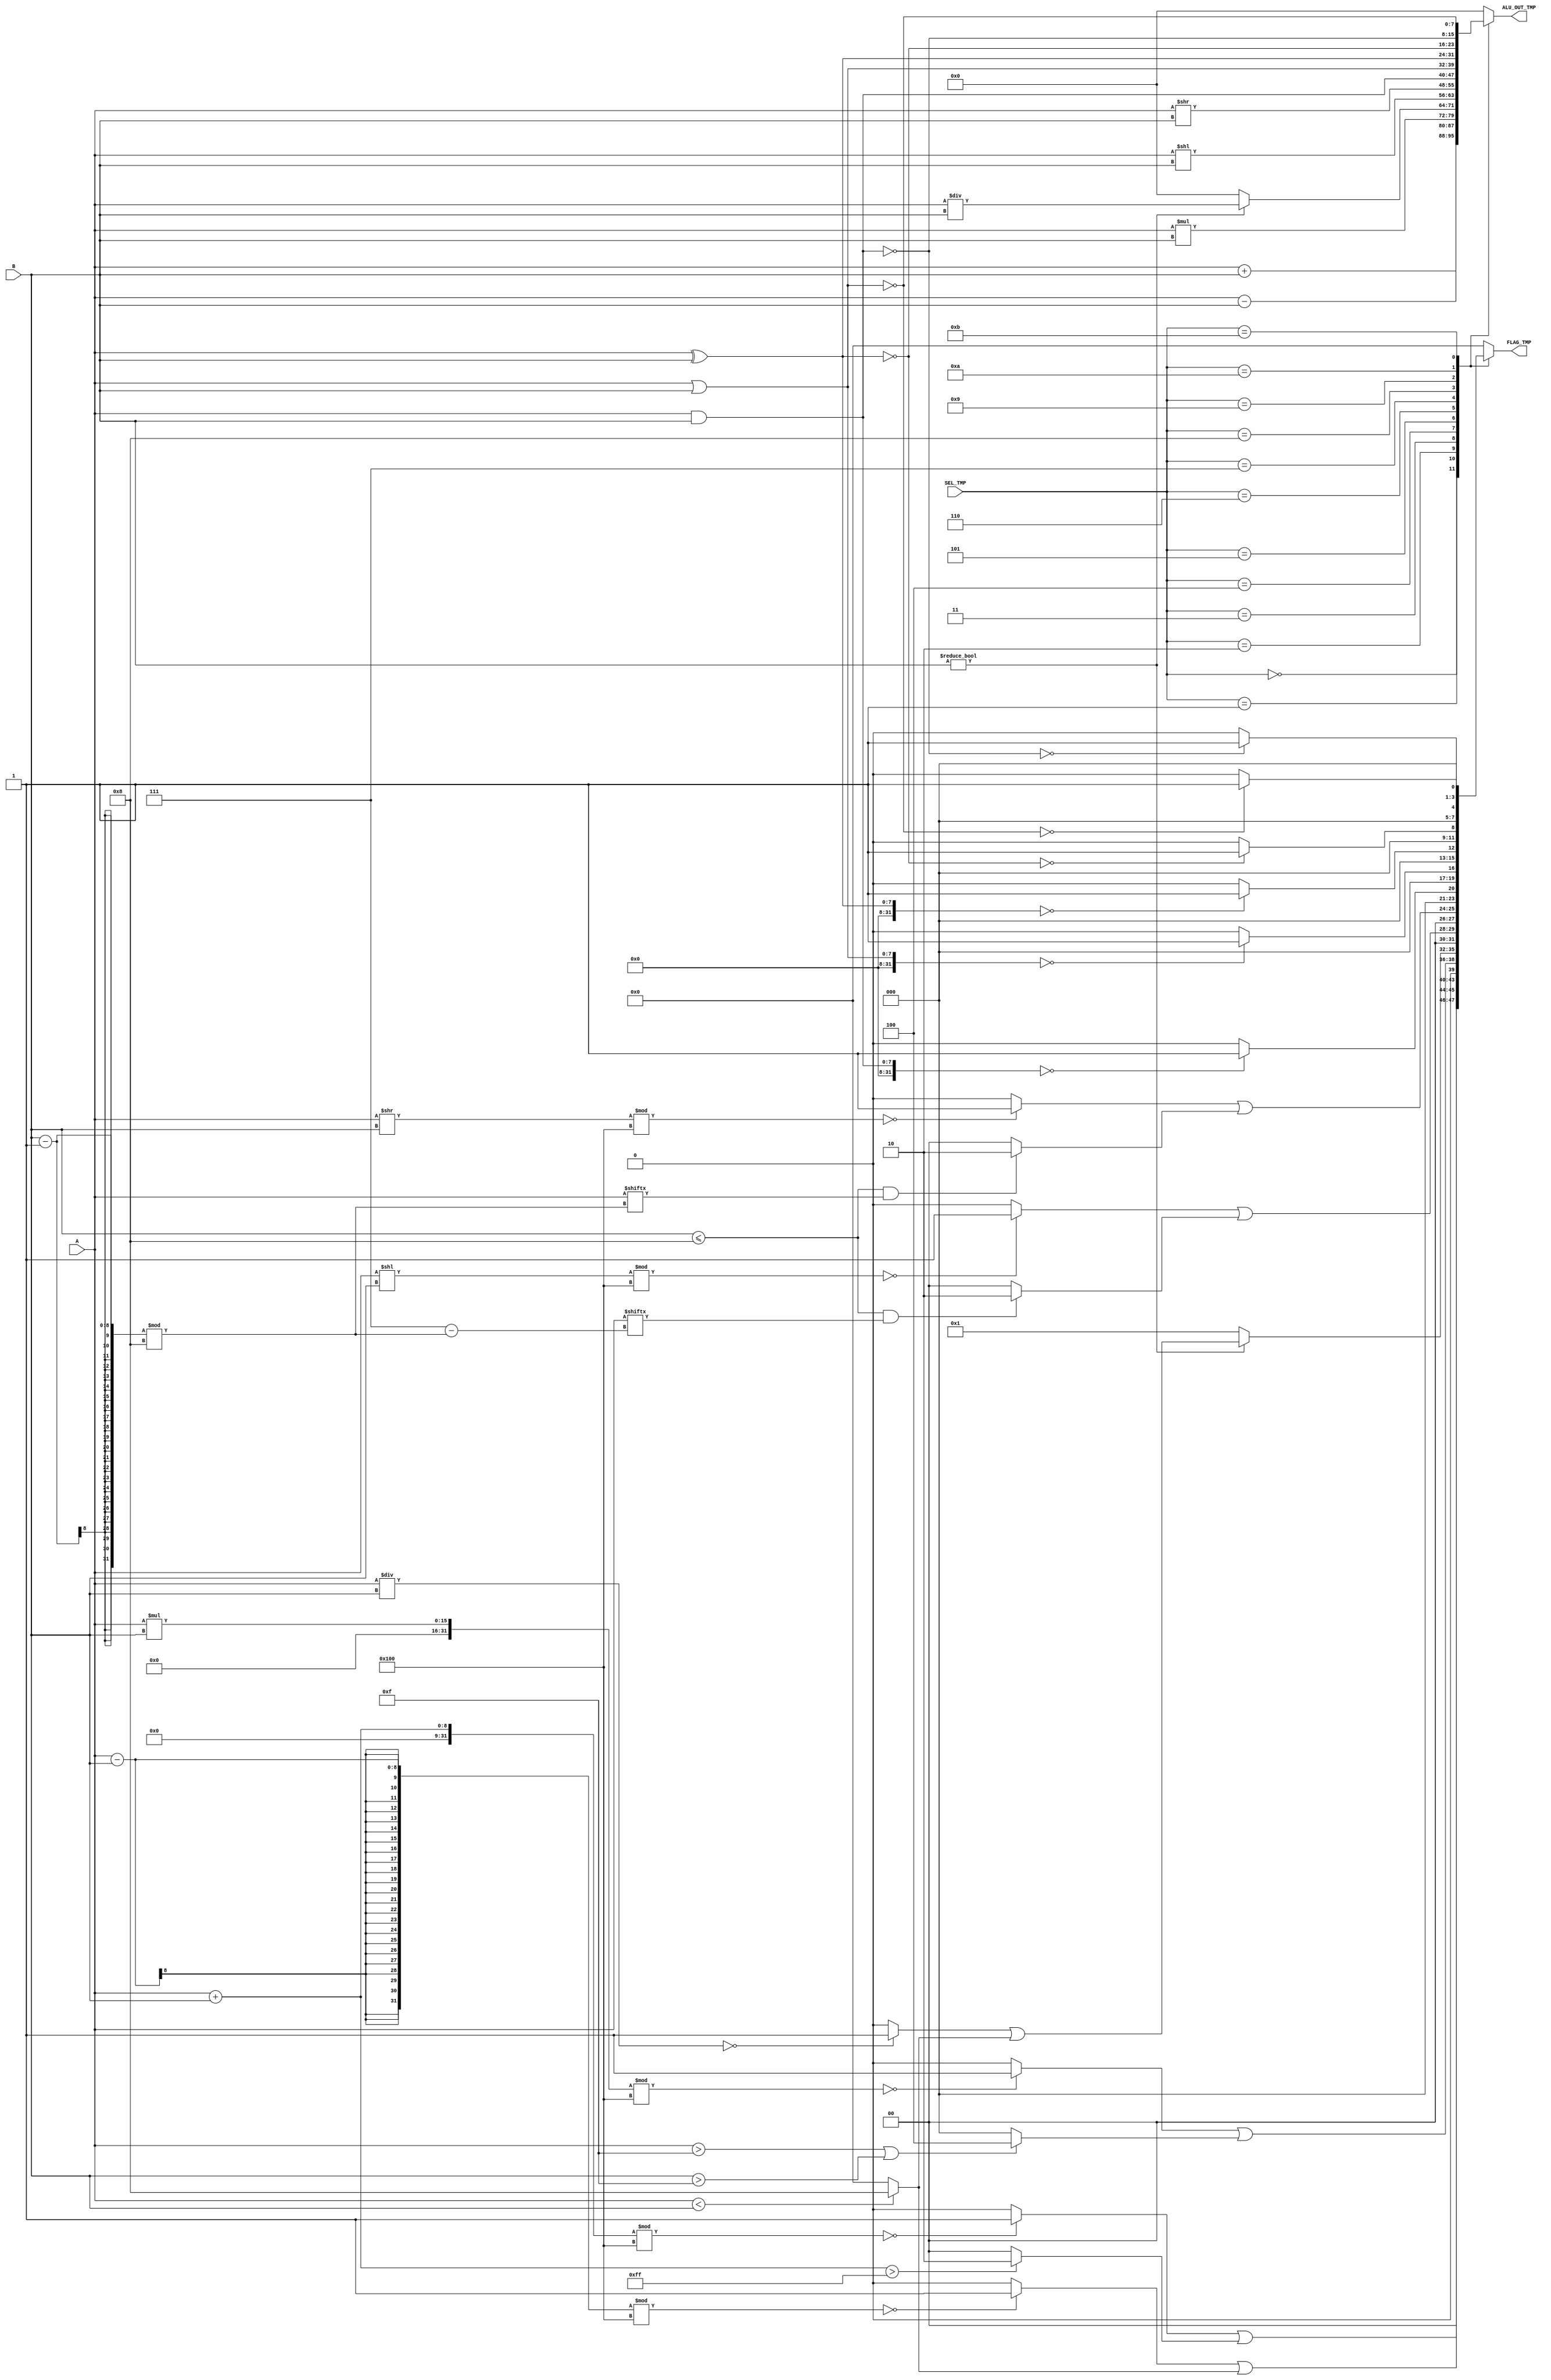
module M_ALU(   output reg[7:0] ALU_OUT_TMP,
                output reg[3:0] FLAG_TMP,
                input     [7:0] A, 
                input     [7:0] B,
                input     [3:0] SEL_TMP);

    reg eq0_eval;
    reg overflow_eval;
    
    always @(A or B or SEL_TMP)
    begin
        case(SEL_TMP)
            4'h0:begin //addition
                ALU_OUT_TMP <= A + B;
                FLAG_TMP <= 4'h0 | (((A + B) % 256 == 0) ? 4'h1 : 4'h0) | ((A + B > 255) ? 4'h2 : 4'h0);
            end
            4'h1:begin//subtraction
                ALU_OUT_TMP <= A - B;
                FLAG_TMP <= 4'h0 | (((A - B) % 256 == 0) ? 4'h1 : 4'h0) | ((A < B) ? 4'h8 : 4'h0);
            end
            4'h2:begin//multiplication
                ALU_OUT_TMP <= A * B;
                FLAG_TMP <= 4'h0 | (((A * B) % 256 == 0) ? 4'h1 : 4'h0) | ((A > 8'hF || B > 8'hF) ? 4'h4 : 4'h0); //not sure abut the overflow tag
            end
            4'h3:begin//division
                if(B != 0)
                begin
                    ALU_OUT_TMP <= A / B;
                    FLAG_TMP <= 4'h0 | ((A / B == 0) ? 4'h1 : 4'h0) | ((A < B) ? 4'h8 : 4'h0);
                end
                else    //not sure if ok
                begin
                    ALU_OUT_TMP <= 0;
                    FLAG_TMP <= 4'h1;
                end
            end
            4'h4:begin//left shift
                ALU_OUT_TMP <= A << B;
                FLAG_TMP <= 4'h0 | (((A << B) % 256 == 0) ? 4'h1 : 4'h0) | ((B <= 8 && A[ 7 - (B-1)%8] == 1) ? 4'h2 : 4'h0);
            end
            4'h5:begin//right shift
                ALU_OUT_TMP <= A >> B;
                FLAG_TMP <= 4'h0 | (((A >> B) % 256 == 0) ? 4'h1 : 4'h0) | ((B <= 8 && A[ (B-1)%8 ] == 1) ? 4'h2 : 4'h0);
            end
            4'h6:begin//AND
                ALU_OUT_TMP <= A & B;
                FLAG_TMP <= 4'h0 | (((A & B) == 0) ? 4'h1 : 4'h0);
            end
            4'h7:begin//OR
                ALU_OUT_TMP <= A | B;
                FLAG_TMP <= 4'h0 | (((A | B) == 0) ? 4'h1 : 4'h0);
            end
            4'h8:begin//XOR
                ALU_OUT_TMP <= A ^ B;
                FLAG_TMP <= 4'h0 | (((A ^ B) == 0) ? 4'h1 : 4'h0);
            end
            4'h9:begin//NXOR
                ALU_OUT_TMP <= (~(A ^ B));
                FLAG_TMP <= 4'h0 | (((~(A ^ B)) == 8'h00) ? 4'h1 : 4'h0);
            end
            4'hA:begin//NAND
                ALU_OUT_TMP <= ~(A & B);
                FLAG_TMP <= 4'h0 | (((~(A & B)) == 8'h00) ? 4'h1 : 4'h0);
            end
            4'hB:begin//NOR
                ALU_OUT_TMP <= ~(A | B);
                FLAG_TMP <= 4'h0 | (((~(A | B)) == 8'h00) ? 4'h1 : 4'h0);
            end
            default:begin
                ALU_OUT_TMP <= 8'h00;
                FLAG_TMP <= 4'h0;
            end
            endcase
    end
endmodule

module alu_arith_tester();
    wire [7:0] ALU_OUT_TMP;
    wire [3:0] FLAG_TMP;
    reg  [7:0] A;
    reg  [7:0] B;
    reg  [3:0] SEL_TMP;
    M_ALU alu(ALU_OUT_TMP,FLAG_TMP,A,B,SEL_TMP);

    initial
    begin
        $display("SEL   A   B OUT FLAGS");
        $monitor("  %h %d %d %d  %b",SEL_TMP,A,B,ALU_OUT_TMP,FLAG_TMP);
        //addition testing
        SEL_TMP = 0;
        begin
            //regular addition
            A = 1;
            B = 1;

            //addition that equals to 0
#5          A = 0;
            B = 0;

            //addition that overflows
#5          A = 200;
            B = 100;

            //addition that overflows and equals to 0
#5          A = 200;
            B = 56;
        end

        //subtraction testing
#5      SEL_TMP = 1;
        begin
            //regular subtraction
            A = 5;
            B = 2;

            //subtraction that equals to 0
#5          A = 10;
            B = 10;

            //underflow subtraction
#5          A = 9;
            B = 10;

            //there is no underflow subtraction that equals to 0
            //--
        end

        //multiplication testing
#5      SEL_TMP = 2;
        begin
            //regular multiplication
            A = 10;
            B = 7;

            //multiplication that equals to 0
#5          A = 0;
            B = 0;

            //multiplication that overflows due to A
#5          A = 16;
            B = 4;
                        
            //multiplication that overflows due to B
#5          A = 4;
            B = 16;

            //multiplication that overflows and equals to 0
#5          A = 16;
            B = 16;
        end

        //division testing
#5      SEL_TMP = 3;
        begin
            //regular division
            A = 135;
            B = 5;

            //division by 0
#5          A = 11;
            B = 0;

            //underflow division
#5          A = 12;
            B = 33;

            //division of 0 - also underflows
#5          A = 0;
            B = 11;
        end

        //left shift testing
#5      SEL_TMP = 4;
        begin
            //regular left shift
            A = 12;
            B = 2;

            //shift where carry = 1
#5          A = 129;
            B = 1;

            //shift eq 0
#5          A = 128;
            B = 2;

            //shift by 0
#5          A = 12;
            B = 0;

            //shifting of 0
#5          A = 0;
            B = 11;
        end

        //right shift testing
#5      SEL_TMP = 5;
        begin
            //regular right shift
            A = 12;
            B = 2;

            //shift where carry = 1
#5          A = 24;
            B = 4;

            //shift eq 0
#5          A = 8;
            B = 5;

            //shift by 0
#5          A = 12;
            B = 0;

            //shifting of 0
#5          A = 0;
            B = 11;
        end

    end
endmodule


module alu_bin_tester();
    wire [7:0] ALU_OUT_TMP;
    wire [3:0] FLAG_TMP;
    reg  [7:0] A;
    reg  [7:0] B;
    reg  [3:0] SEL_TMP;
    M_ALU alu(ALU_OUT_TMP,FLAG_TMP,A,B,SEL_TMP);

    initial
    begin
#130    $display("SEL        A        B      OUT FLAGS");
        $monitor("  %h %b %b %b  %b",SEL_TMP,A,B,ALU_OUT_TMP,FLAG_TMP);

        //AND testing
#5      SEL_TMP = 4'h6;
        begin
            //regular
            A = 8'b11000001;
            B = 8'b00111001;

            //eq 0
#5          A = 8'b11000011;
            B = 8'b00111100;
        end

        //OR testing
#5      SEL_TMP = 4'h7;
        begin
            //regular
            A = 8'b11000001;
            B = 8'b00111001;

            //eq 0
#5          A = 8'b00000000;
            B = 8'b00000000;
        end

        //XOR testing
#5      SEL_TMP = 4'h8;
        begin
            //regular
            A = 8'b11000001;
            B = 8'b00111001;

            //eq 0
#5          A = 8'b10011000;
            B = 8'b10011000;
        end

        //NXOR testing
#5      SEL_TMP = 4'h9;
        begin
            //regular
            A = 8'b11000001;
            B = 8'b00111001;

            //eq 0
#5          A = 8'b00001111;
            B = 8'b11110000;
        end

        //NAND testing
#5      SEL_TMP = 4'hA;
        begin
            //regular
            A = 8'b11000001;
            B = 8'b00111001;

            //eq 0
#5          A = 8'b11111111;
            B = 8'b11111111;
        end

        //NOR testing
#5      SEL_TMP = 4'hB;
        begin
            //regular
            A = 8'b11000001;
            B = 8'b00111001;

            //eq 0
#5          A = 8'b00001111;
            B = 8'b11110000;
        end
    end

endmodule